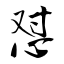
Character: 怼